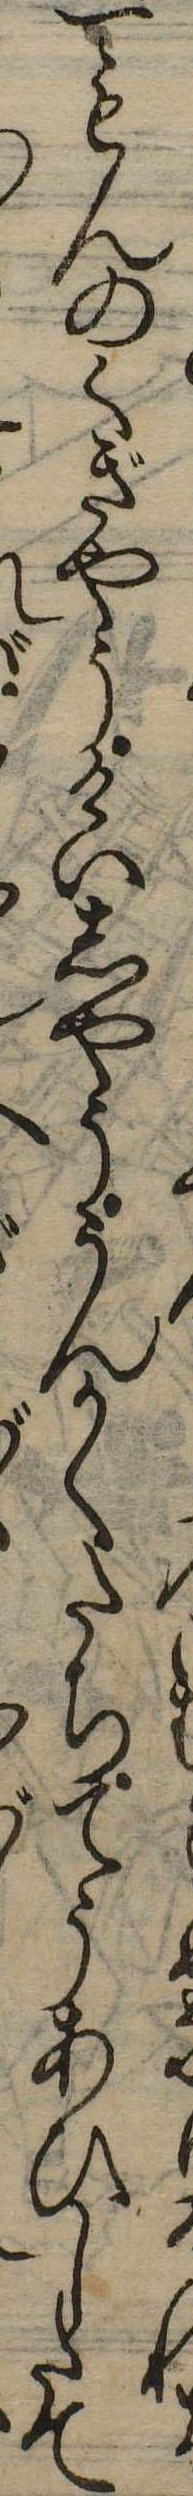
けれ一もんのくぎやうけいしやううんかくたちてうあひしたてれ